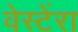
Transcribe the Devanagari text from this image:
वेस्टेंरा